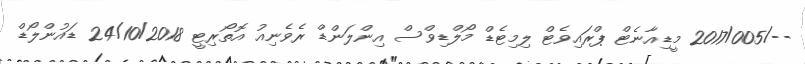
--/2017/005 މީޑިއާނެޓް ޕްރައިވެޓް ލިމިޓެޑް މޯލްޑިވްސް އިންލަންޑް ރެވެނިއު އޮތޯރިޓީ 24/10/2018 ޑައުންލޯޑް